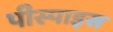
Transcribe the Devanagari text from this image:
पीस्पाइस